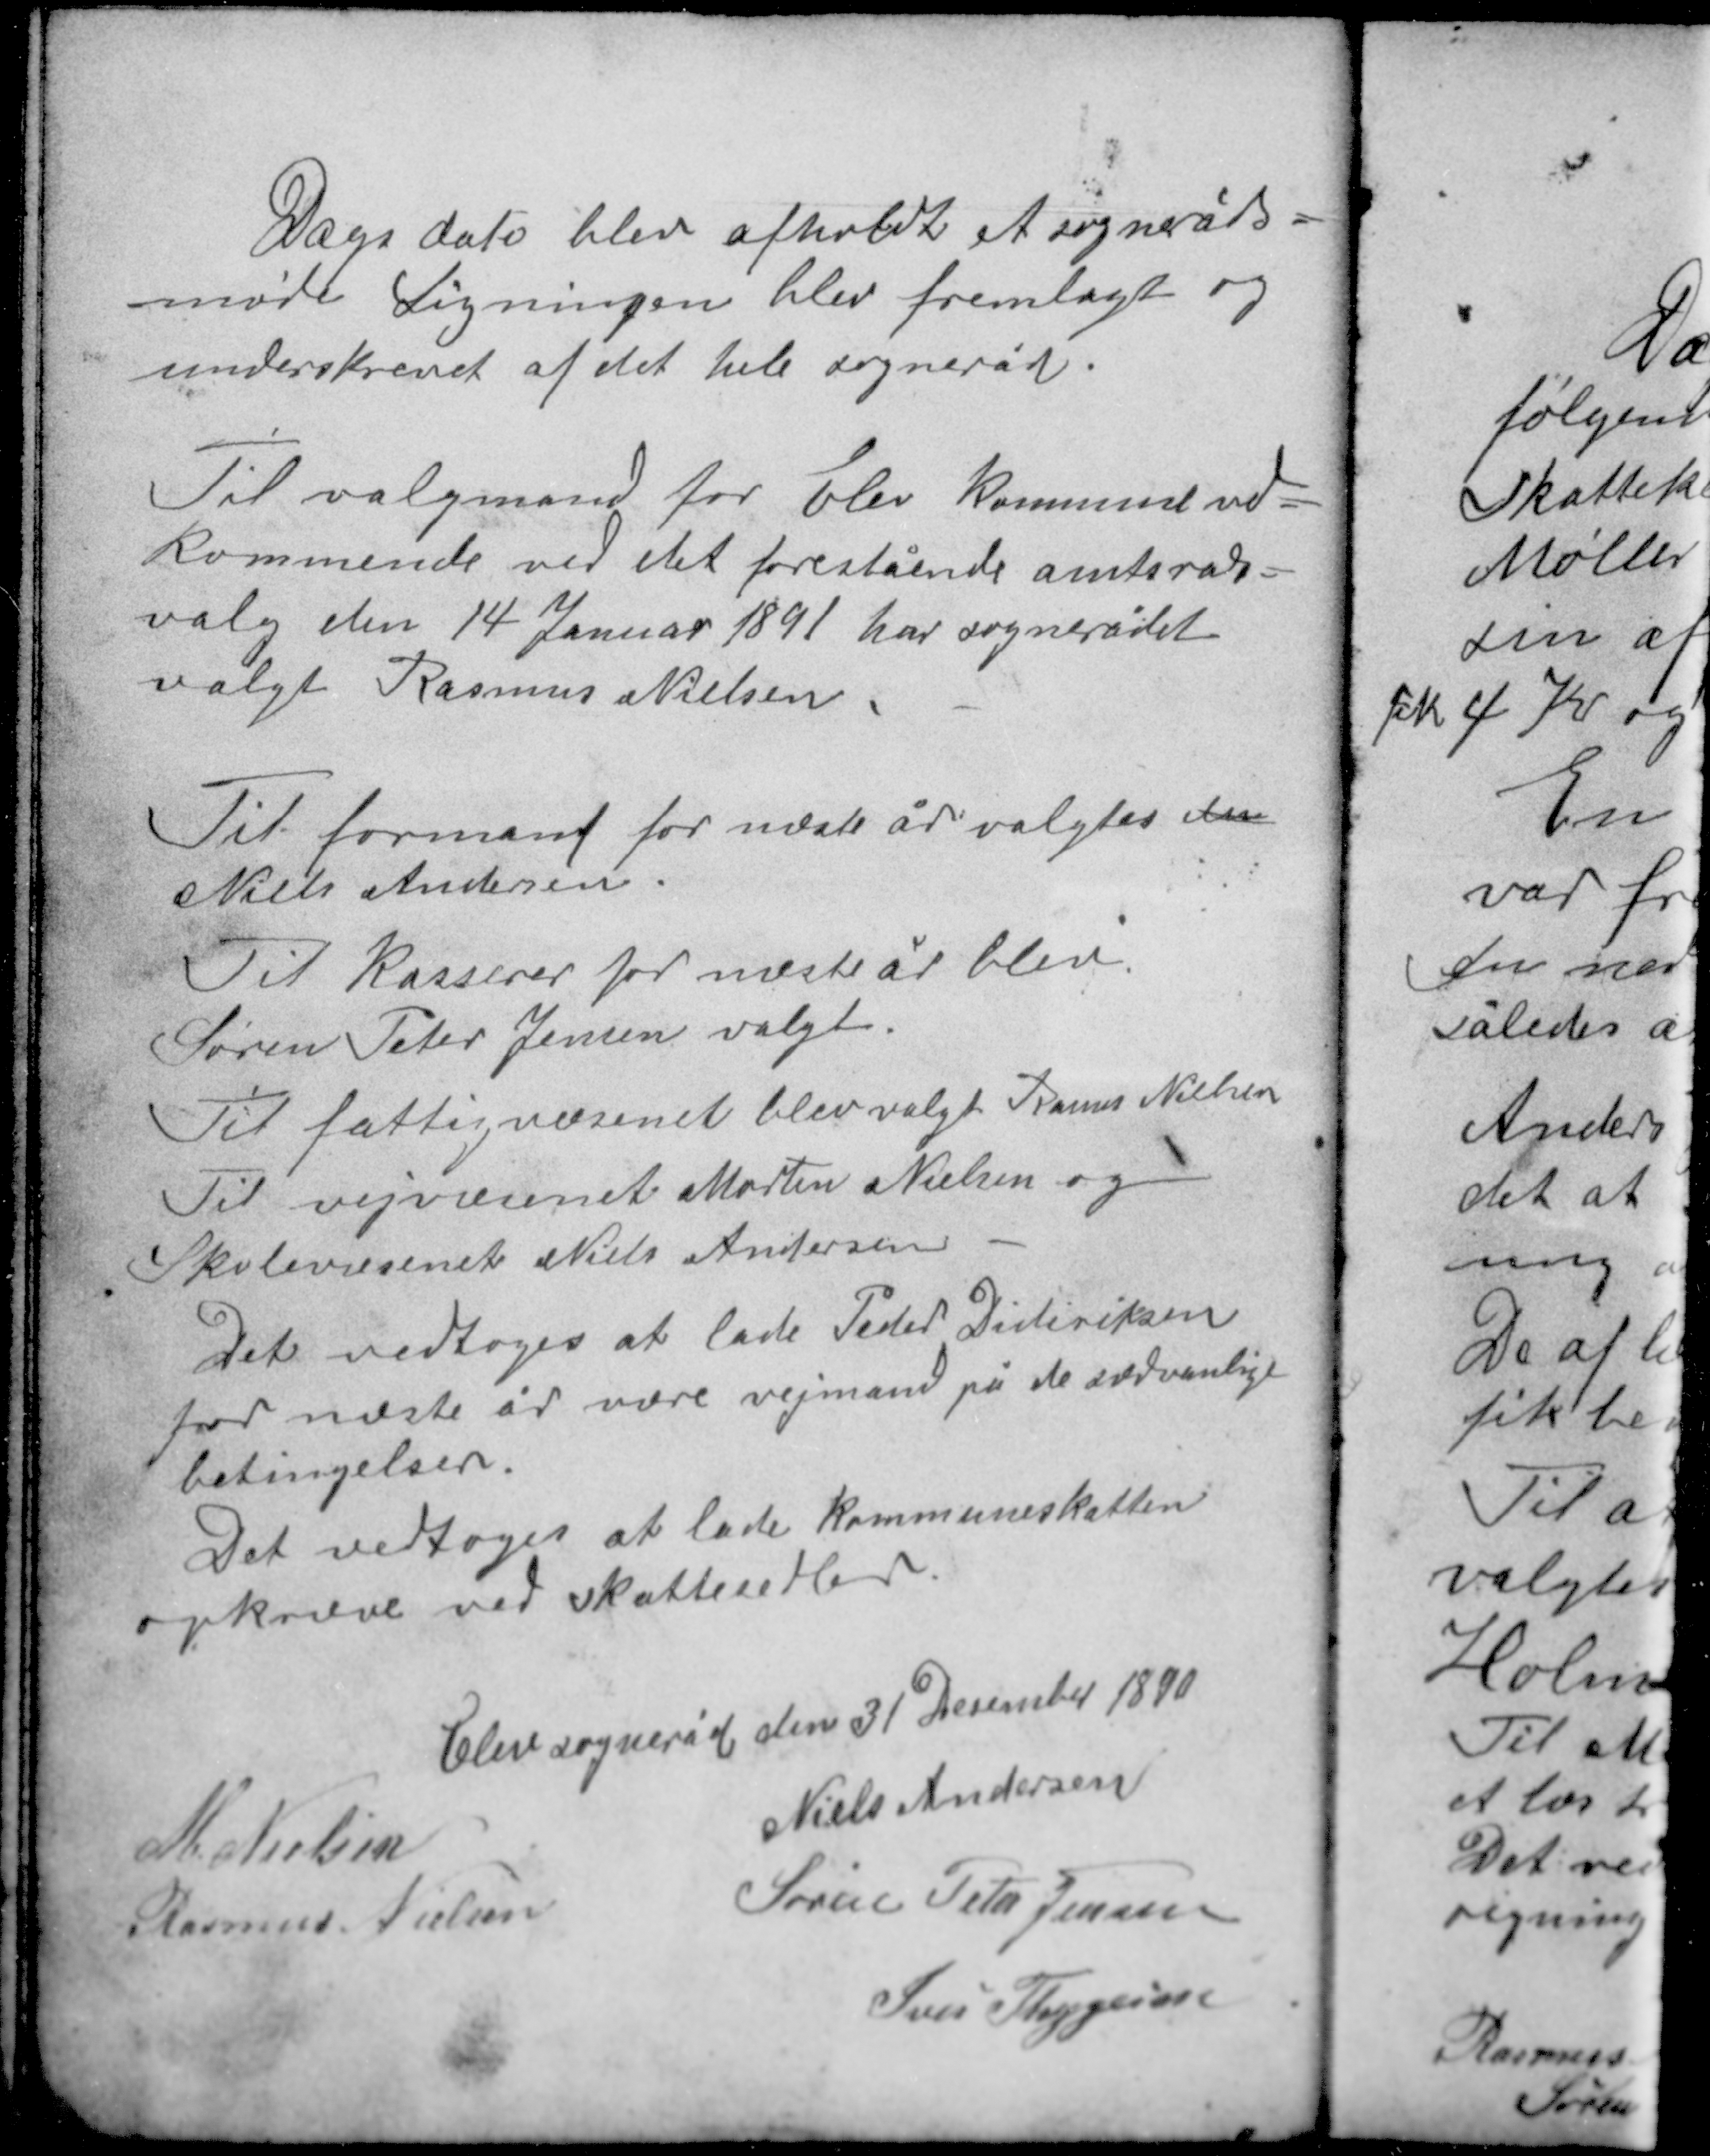
Transskription:
Dags dato blev afholdt et sogneråds-
møde. Ligningen blev fremlagt og
underskrevet af det hele sogneråd.

Til valgmand for Elev kommunes ved-
kommende ved det forestående amtsråds-
valg den 14 Januar 1891 har sognerådet
valgt Rasmus Nielsen.

Til formand for næste år valgtes den
Niels Andersen
Til kasserer for næste år blev
Søren Peter Jensen valgt.
Til fattigvæsenet blev valgt Rasmus Nielsen
Til vejvæsenet Morten Nielsen og
Skolevæsenet Niels Andersen.

Det vedtoges at lade Peder Dideriksen
for næste år være vejmand på de sædvanlige
betingelser.
Det vedtoges at lade kommuneskatten
opkræve ved skattesedler.

Elev sogneråd den 31 December 1890
Niels Andersen
M. Nielsen
Søren Peter Jensen
Rasmus Nielsen
Iver Thygesen